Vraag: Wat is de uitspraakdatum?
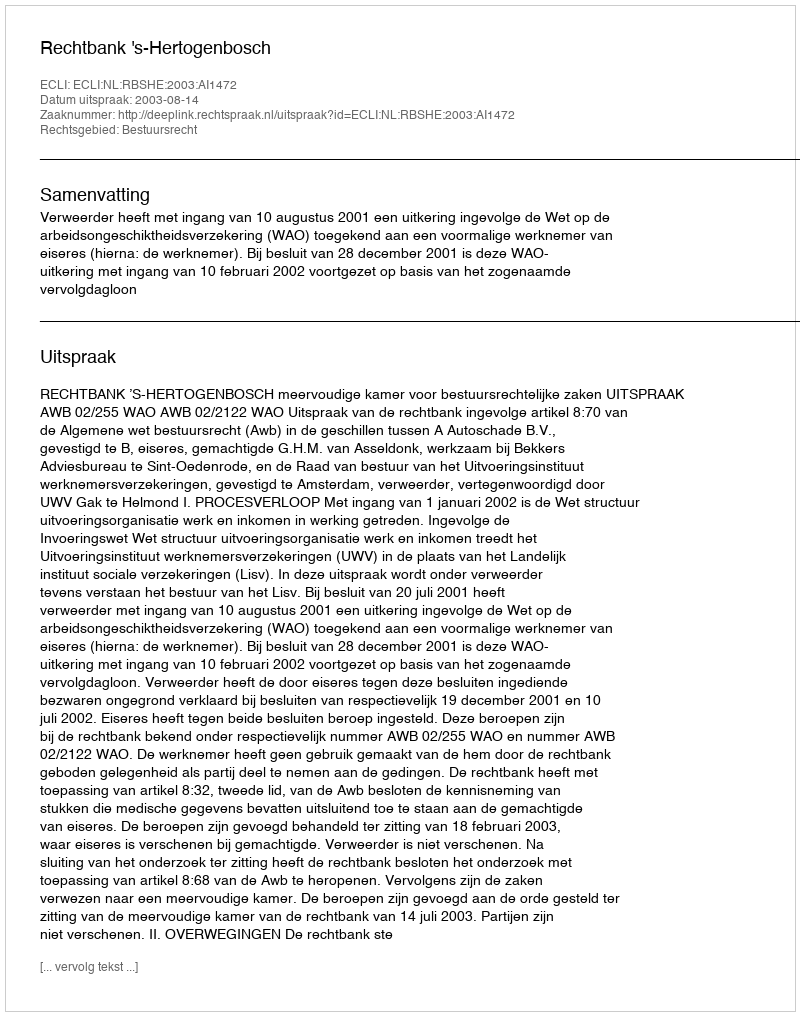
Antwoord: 2003-08-14